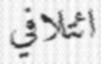
ائتلافي